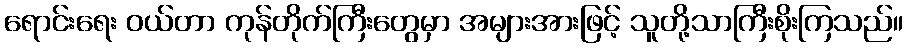
ရောင်းရေး ဝယ်တာ ကုန်တိုက်ကြီးတွေမှာ အများအားဖြင့် သူတို့သာကြီးစိုးကြသည်။